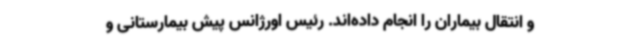
و انتقال بیماران را انجام داده‌اند. رئیس اورژانس پیش بیمارستانی و